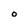
Character: O